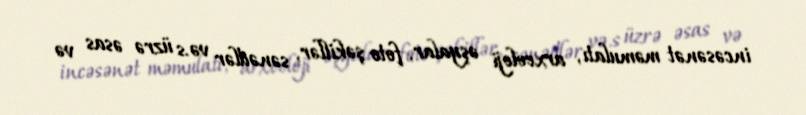
incəsənət məmulatı, arxeoloji əşyalar, foto şəkillər, sənədlər və.s üzrə əsas və